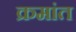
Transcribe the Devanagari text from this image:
क्रमांत